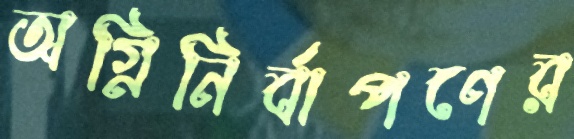
অগ্নিনির্বাপণের